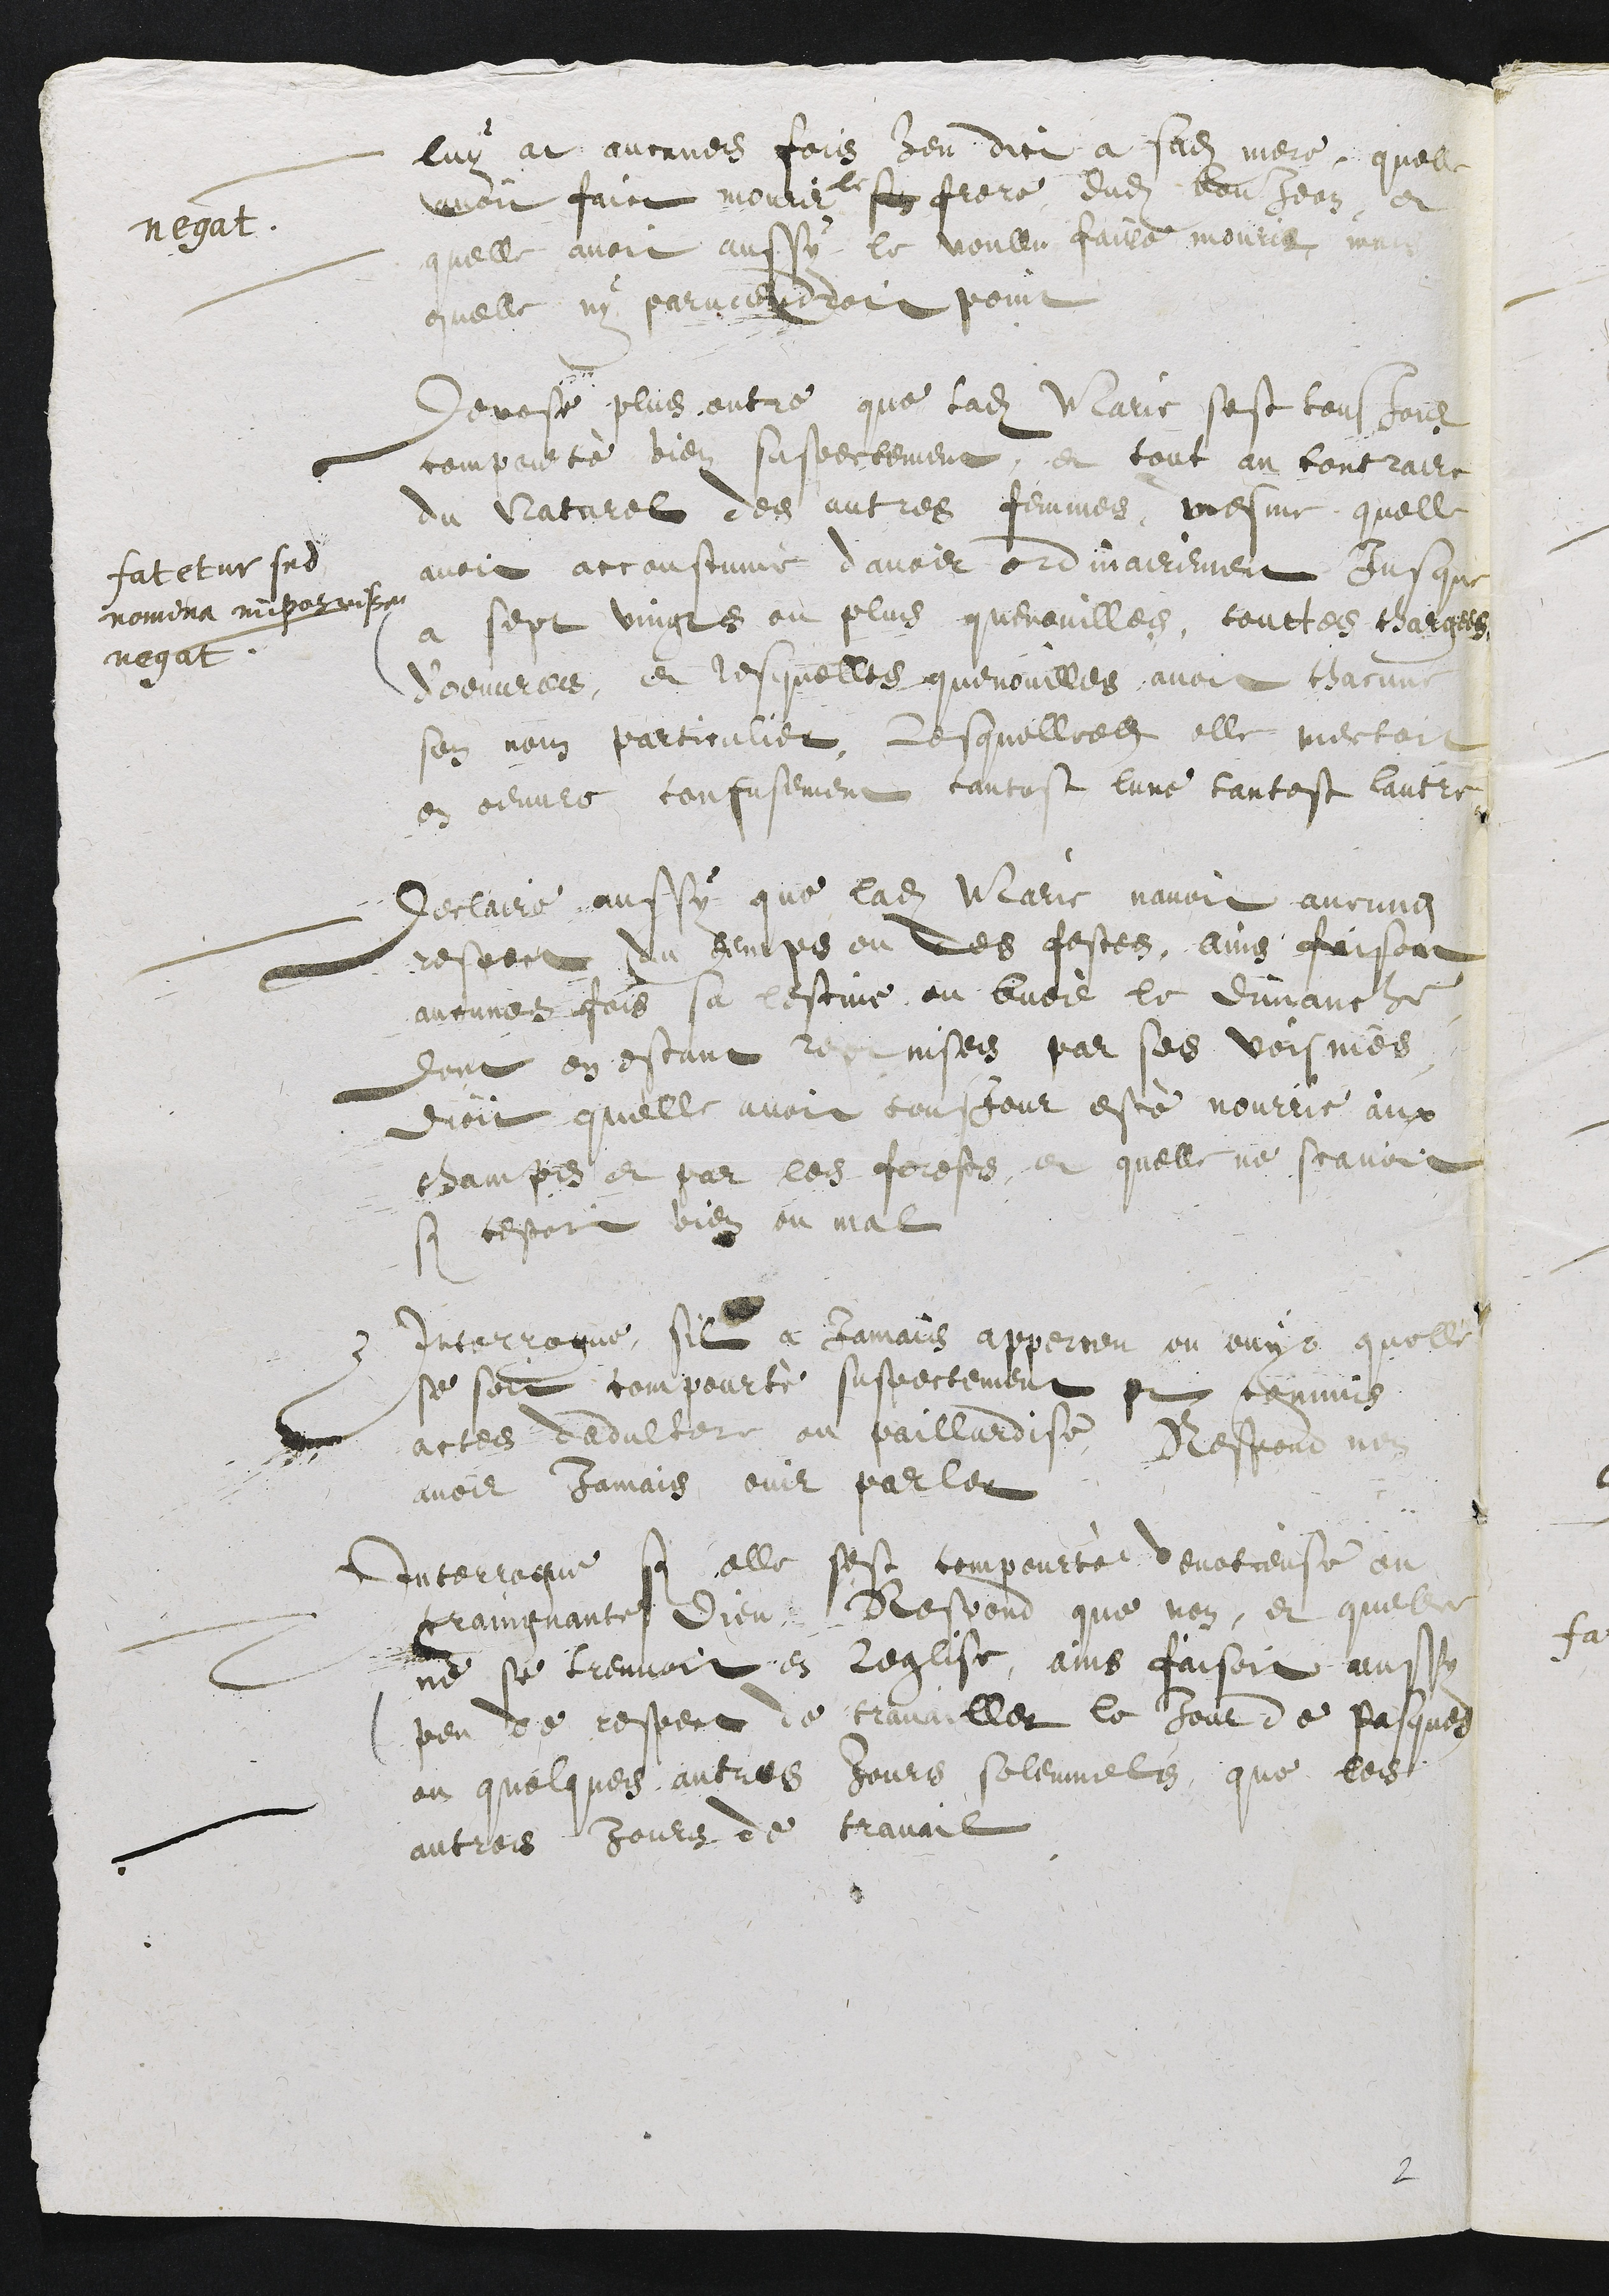
luy at aucunes fois heu dict a sadite mere, quelle
avoit faict mourir le son frere dudit Bonjean, et
quelle avoit aussy le voullu faire mourir mais
quelle ny parviendroit point
negat.
Depose plus outre que ladite Marie sest tousjour
comporeté bien suspectement et tout au contraire
du Naturel des autres femmes, mesme quelle
avoit accoustumé davoir ordinairement Jusque
a sept vingts ou plus quenouilles, touttes chargees
d’œuvres,  et lesquelles quenouilles avoit chacune
son nom particulier, lesquelles elle mettoit
en œuvre confusement tantost lune tantost lautre.
fatetur sed
nomina imposuisse
negat
Declaire aussi que ladite Marie navoit aucung
respect du temps ou des festes, ains faisoit
aucunes fois sa lescive au buois le dimanche
dont en estant reprinses par ses voisines
dioit quelle avoit tousjour esté nourrie aux
champs et par les forests et quelle ne scavoit
si cestoit bien ou mal
Interrogue sil a Jamais apperceu ou ouyt quelle
se soit comporté suspectement et commis
actes dadultere ou paillardise, Respond nen
avoir Jamais ouir parler
Interrogue si elle sest compourté devotieuse ou
craingnante Dieu. Respond que non, et quelle
ne se treuvoit en leglise, ains faisoit aussy
peu de respect de travailler le Jour de Pasques
ou quelques autres Jours solemnels que les
autres Jours de travail.